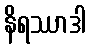
နိရဿာဒါ